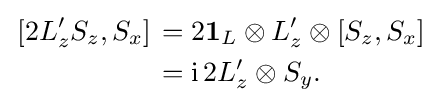
{\begin{aligned}\left.[2L_{z}'S_{z},S_{x}]\right.&=2\mathbf {1} _{L}\otimes L_{z}'\otimes [S_{z},S_{x}]\\&=\mathrm {i} \,2L_{z}'\otimes S_{y}.\end{aligned}}